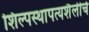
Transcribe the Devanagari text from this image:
शिल्पस्थापत्यशैलीचे